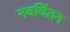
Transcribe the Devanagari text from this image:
नवचिंतन